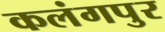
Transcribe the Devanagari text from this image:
कलंगपुर